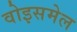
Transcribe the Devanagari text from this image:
वोइसमेल